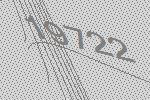
19722